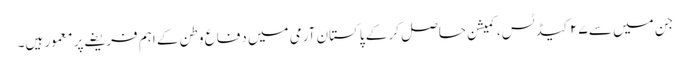
جن میں سے ۲۷ کیڈ ٹس، کمیشن حاصل کر کے پاکستان آرمی میں دفاع وطن کے اہم فریضے پر معمور ہیں۔